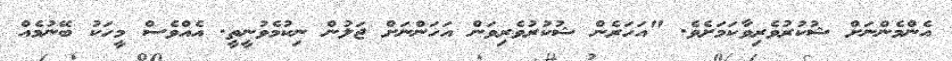
އެންމެންނަށް ޝުކުރުވެރިވާކަމަށެވެ. "އަހަރެން ޝުކުރުވެރިވަން އަހަންނަށް ޖަލުން ނިކުމެވުނީތީ. އެއްވެސް މީހަކު ބޭނުމެއް